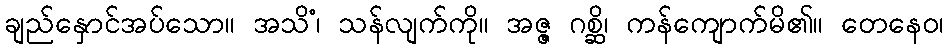
ချည်နှောင်အပ်သော။ အသိံ၊ သန်လျက်ကို။ အဇ္ဇ ဂစ္ဆိ၊ ကန်ကျောက်မိ၏။ တေနေဝ၊